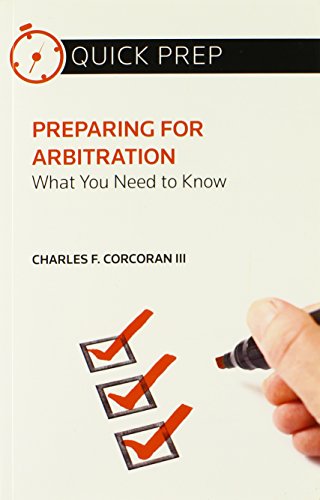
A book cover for Preparing for Arbitration: What You Need to Know (Quick Prep); Charles F. Corcoran III; Law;